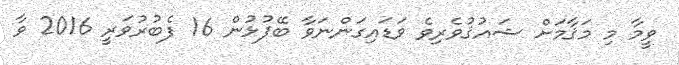
ވީމާ މި މަޤާމަށް ޝައުޤުވެރިވެ ވަޑައިގަންނަވާ ބޭފުޅުން 16 ފެބުރުވަރީ 2016 ވާ